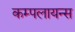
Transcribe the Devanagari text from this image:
कम्पलायन्स